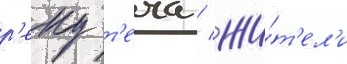
р'еку т'еча / жи́т'ел'и